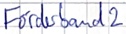
Text: Förderband2